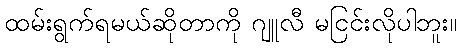
ထမ်းရွက်ရမယ်ဆိုတာကို ဂျူလီ မငြင်းလိုပါဘူး။